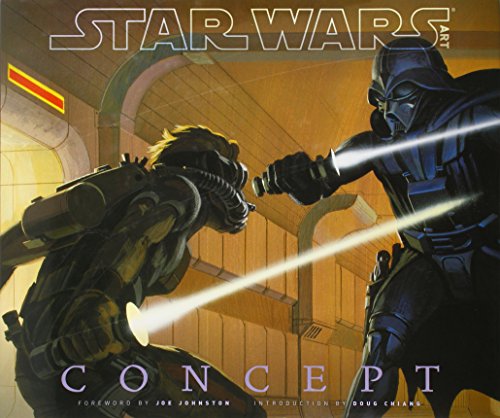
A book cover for Star Wars Art: Concepts (Star Wars Art Series); Humor & Entertainment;